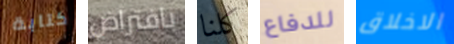
كتابة بافتراض كلنا للدفاع الاخلاق